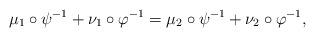
LaTeX: \begin{align*} \mu_1\circ\psi^{-1} + \nu_1\circ\varphi^{-1} =\mu_2\circ\psi^{-1} + \nu_2\circ\varphi^{-1}, \end{align*}